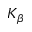
K _ { \beta }